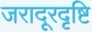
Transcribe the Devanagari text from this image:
जरादूरदृष्टि